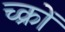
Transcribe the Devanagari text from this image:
च्क्रों